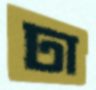
ঢা